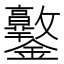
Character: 𨰩